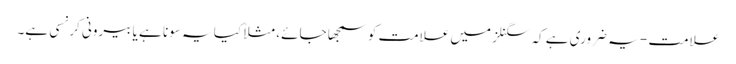
علامت - یہ ضروری ہے کہ سگنلز میں علامت کو سمجھا جائے، مثلاً کیا یہ سونا ہے یا بیرونی کرنسی ہے۔